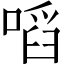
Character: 㗖